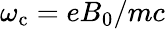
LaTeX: \omega_{\mathrm{c}}=eB_{0}/mc